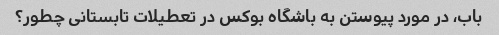
باب، در مورد پیوستن به باشگاه بوکس در تعطیلات تابستانی چطور؟